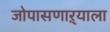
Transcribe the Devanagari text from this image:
जोपासणाऱ्याला